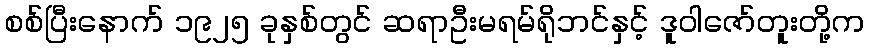
စစ်ပြီးနောက် ၁၉၂၅ ခုနှစ်တွင် ဆရာဦးမရမ်ရိုဘင်နှင့် ဒူဝါဇော်တူးတို့က